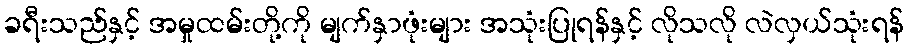
ခရီးသည်နှင့် အမှုထမ်းတို့ကို မျက်နှာဖုံးများ အသုံးပြုရန်နှင့် လိုသလို လဲလှယ်သုံးရန်